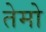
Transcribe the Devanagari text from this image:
तेमो